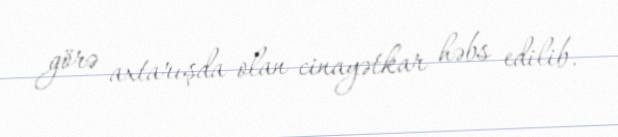
görə axtarışda olan cinayətkar həbs edilib.